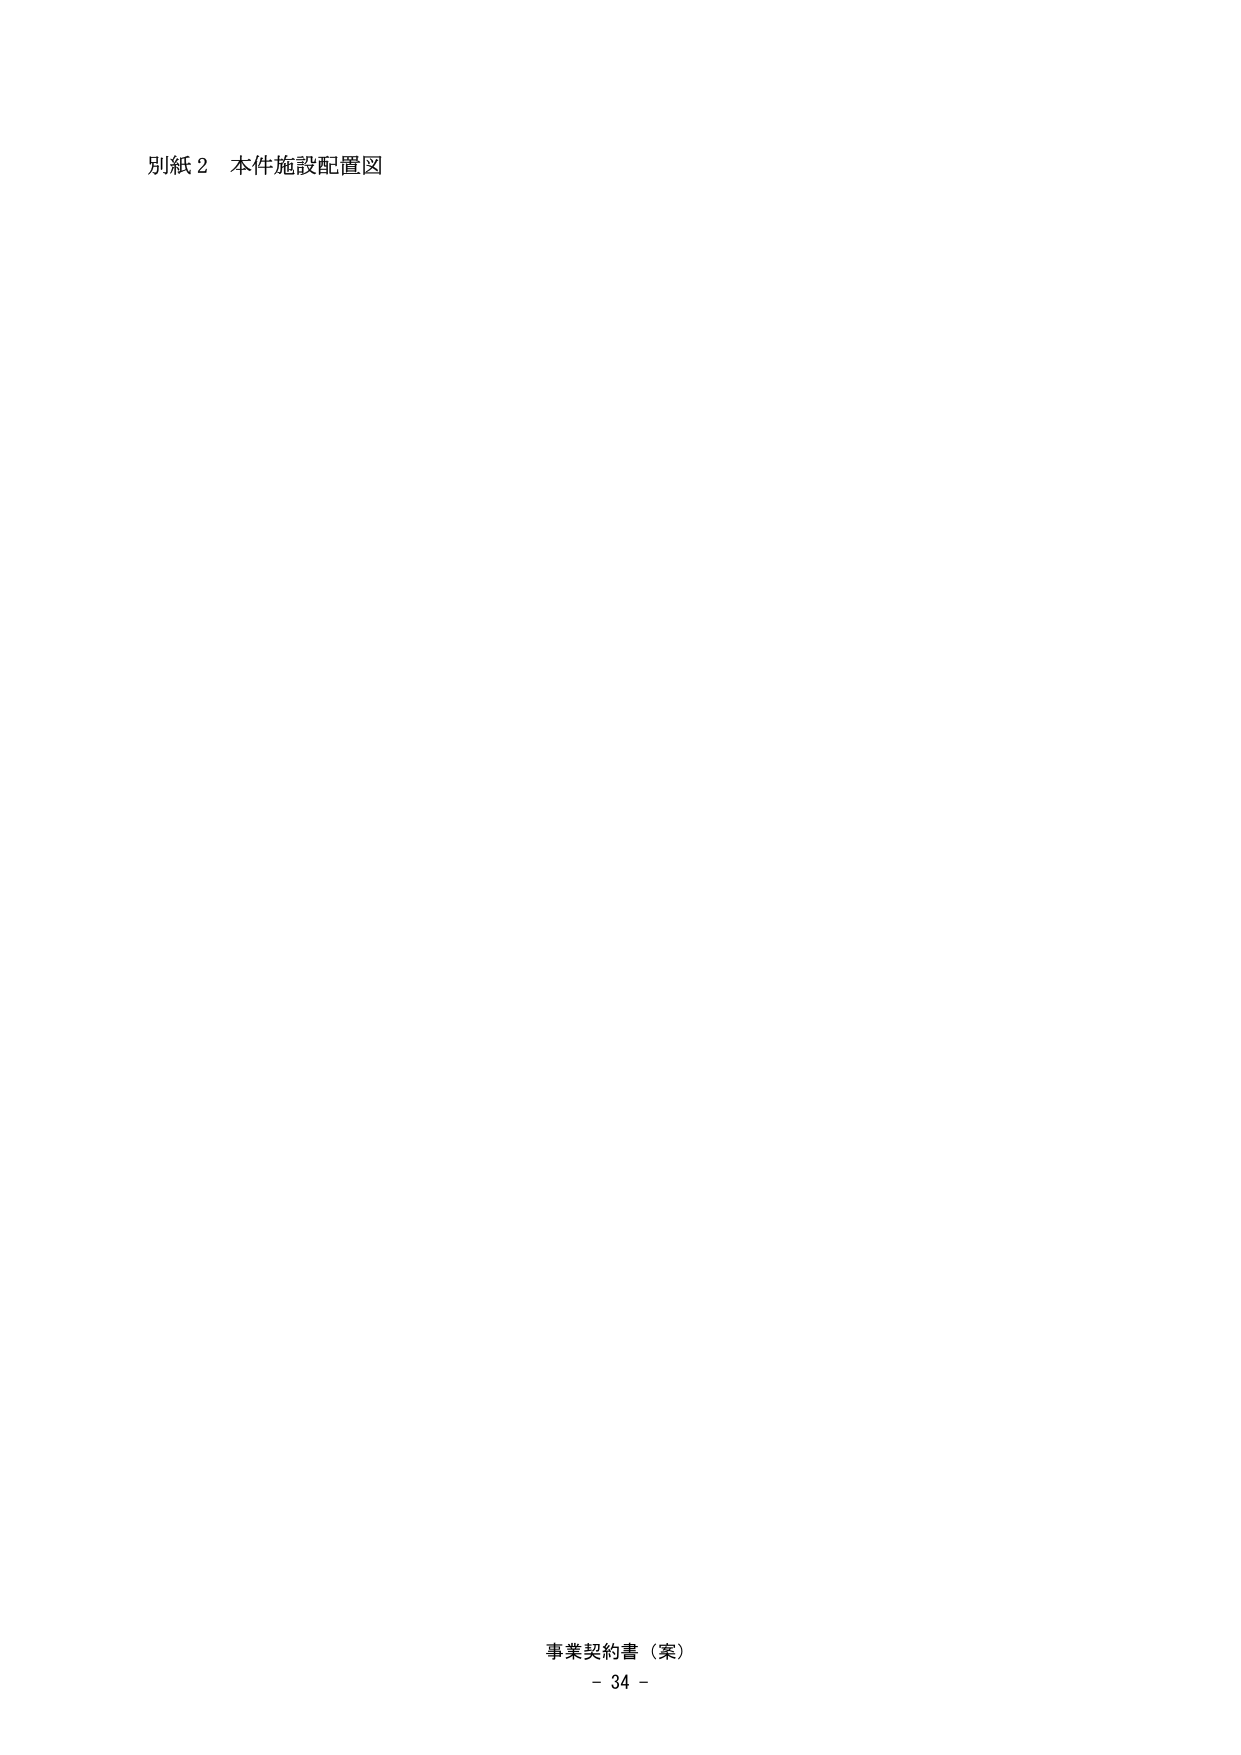
別紙２ 本件施設配置図

事業契約書（案）
- 34 -